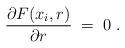
LaTeX: \begin{align*}{\partial F(x_i,r)\over \partial r}\;=\;0\;.\end{align*}